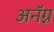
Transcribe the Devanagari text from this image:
अनॅग्न